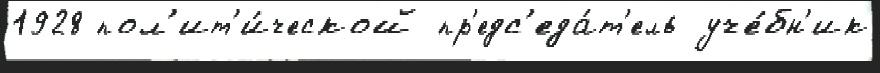
1928 пол'ит'и́ческой пр'едс'еда́т'ель уче́бн'ик